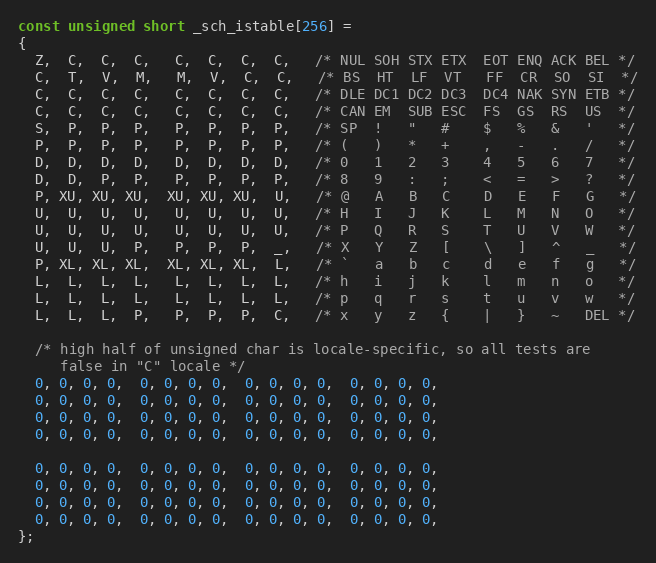
Language: C
const unsigned short _sch_istable[256] =
{
  Z,  C,  C,  C,   C,  C,  C,  C,   /* NUL SOH STX ETX  EOT ENQ ACK BEL */
  C,  T,  V,  M,   M,  V,  C,  C,   /* BS  HT  LF  VT   FF  CR  SO  SI  */
  C,  C,  C,  C,   C,  C,  C,  C,   /* DLE DC1 DC2 DC3  DC4 NAK SYN ETB */
  C,  C,  C,  C,   C,  C,  C,  C,   /* CAN EM  SUB ESC  FS  GS  RS  US  */
  S,  P,  P,  P,   P,  P,  P,  P,   /* SP  !   "   #    $   %   &   '   */
  P,  P,  P,  P,   P,  P,  P,  P,   /* (   )   *   +    ,   -   .   /   */
  D,  D,  D,  D,   D,  D,  D,  D,   /* 0   1   2   3    4   5   6   7   */
  D,  D,  P,  P,   P,  P,  P,  P,   /* 8   9   :   ;    <   =   >   ?   */
  P, XU, XU, XU,  XU, XU, XU,  U,   /* @   A   B   C    D   E   F   G   */
  U,  U,  U,  U,   U,  U,  U,  U,   /* H   I   J   K    L   M   N   O   */
  U,  U,  U,  U,   U,  U,  U,  U,   /* P   Q   R   S    T   U   V   W   */
  U,  U,  U,  P,   P,  P,  P,  _,   /* X   Y   Z   [    \   ]   ^   _   */
  P, XL, XL, XL,  XL, XL, XL,  L,   /* `   a   b   c    d   e   f   g   */
  L,  L,  L,  L,   L,  L,  L,  L,   /* h   i   j   k    l   m   n   o   */
  L,  L,  L,  L,   L,  L,  L,  L,   /* p   q   r   s    t   u   v   w   */
  L,  L,  L,  P,   P,  P,  P,  C,   /* x   y   z   {    |   }   ~   DEL */

  /* high half of unsigned char is locale-specific, so all tests are
     false in "C" locale */
  0, 0, 0, 0,  0, 0, 0, 0,  0, 0, 0, 0,  0, 0, 0, 0,
  0, 0, 0, 0,  0, 0, 0, 0,  0, 0, 0, 0,  0, 0, 0, 0,
  0, 0, 0, 0,  0, 0, 0, 0,  0, 0, 0, 0,  0, 0, 0, 0,
  0, 0, 0, 0,  0, 0, 0, 0,  0, 0, 0, 0,  0, 0, 0, 0,

  0, 0, 0, 0,  0, 0, 0, 0,  0, 0, 0, 0,  0, 0, 0, 0,
  0, 0, 0, 0,  0, 0, 0, 0,  0, 0, 0, 0,  0, 0, 0, 0,
  0, 0, 0, 0,  0, 0, 0, 0,  0, 0, 0, 0,  0, 0, 0, 0,
  0, 0, 0, 0,  0, 0, 0, 0,  0, 0, 0, 0,  0, 0, 0, 0,
};